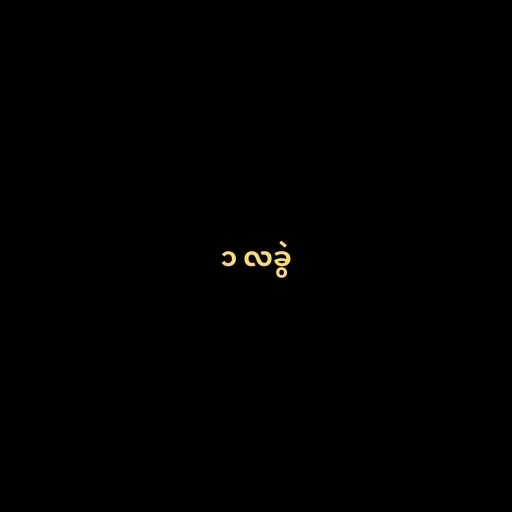
၁ လခွဲ